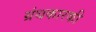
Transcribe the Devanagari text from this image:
ग्रंथकारकी